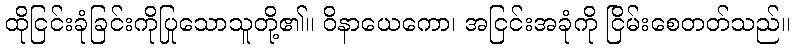
ထိုငြင်းခုံခြင်းကိုပြုသောသူတို့၏။ ဝိနာယေကော၊ အငြင်းအခုံကို ငြိမ်းစေတတ်သည်။